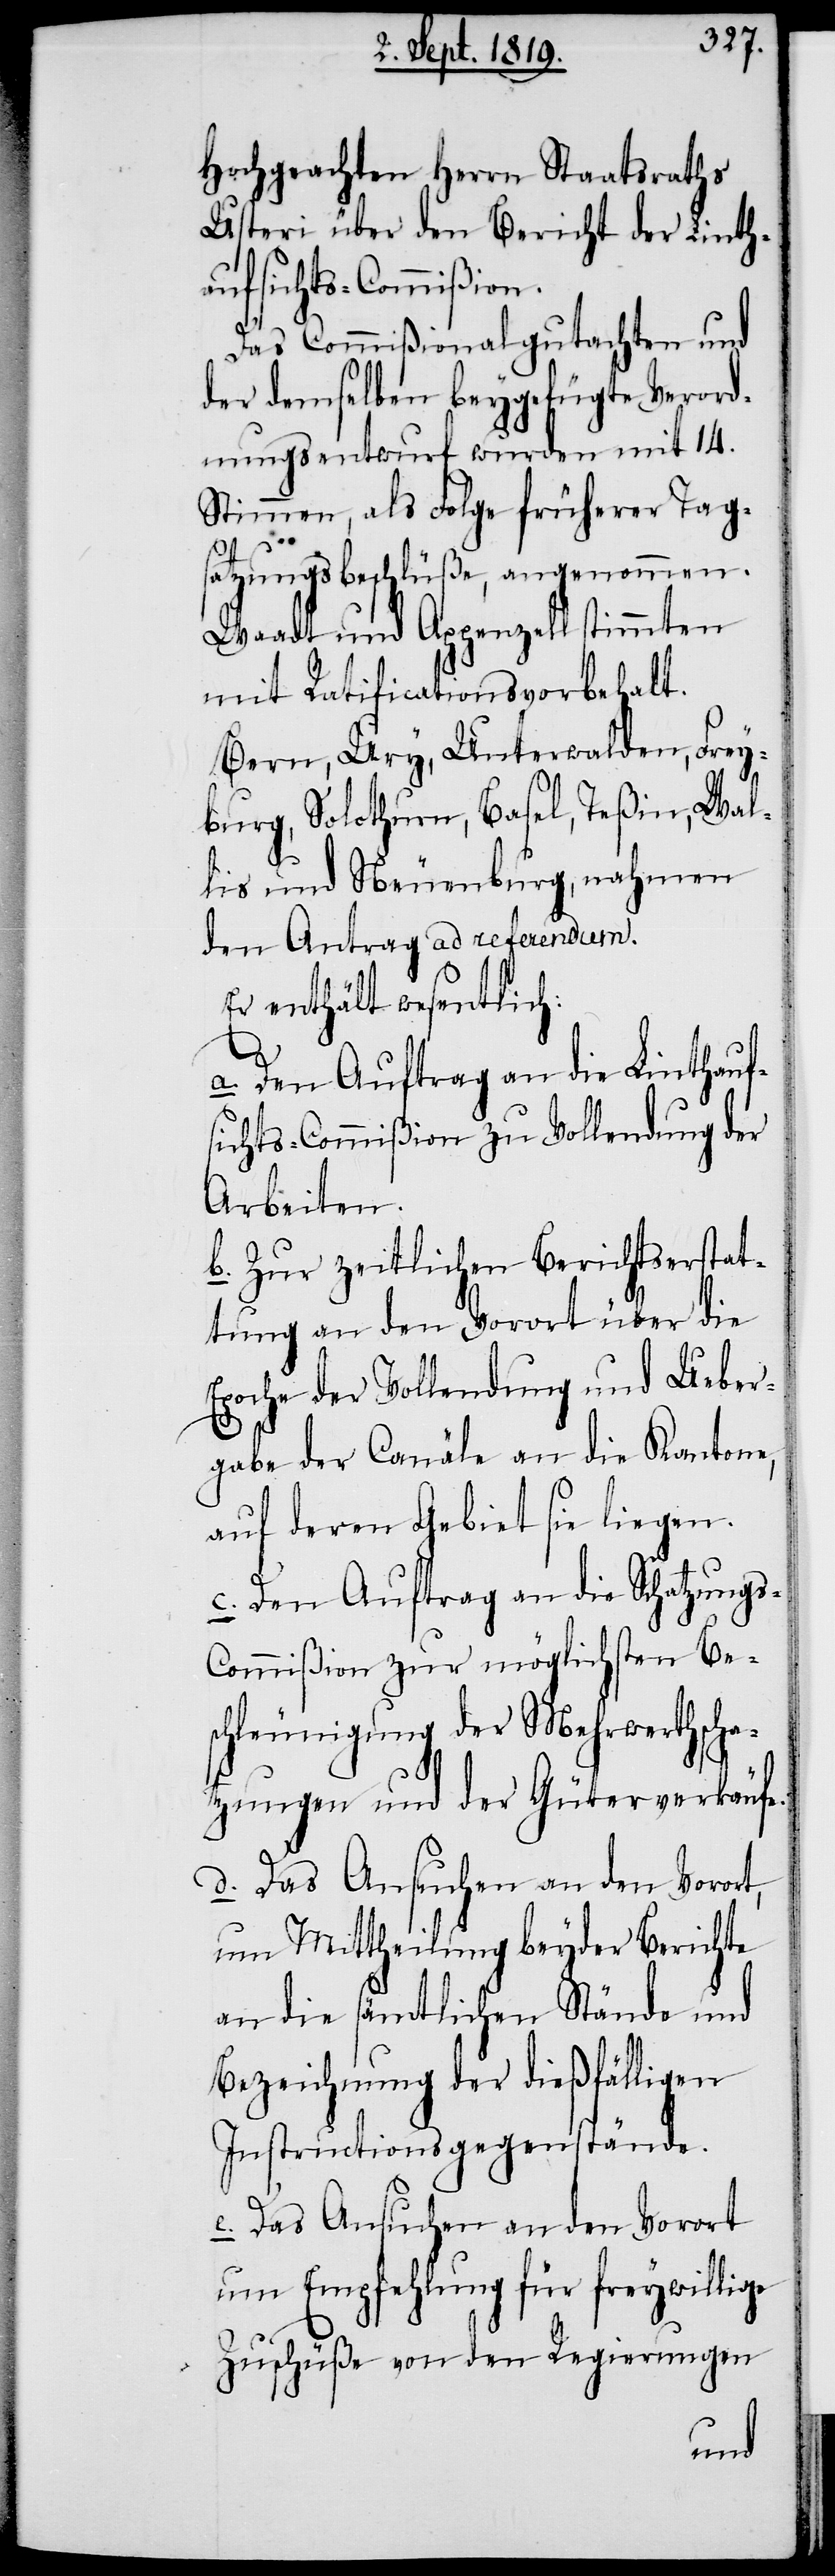
Hochgeachten Herrn Staatsraths
Usteri über den Bericht der Linth¬
aufsichts-Commißion.
Das Commißionalgutachten und
der demselben beygefügte Verord¬
nungsentwurf wurden mit 14.
Stimmen, als Folge früherer Tag¬
satzungsbeschlüße, angenommen.
Waadt und Appenzell stimmten
mit Ratificationsvorbehalt.
Bern, Ury, Unterwalden, Frey¬
burg, Solothurn, Basel, Teßin, Wal¬
lis und Neuenburg, nahmen
den Antrag ad referendum.
Er enthält wesentlich:
a. Den Auftrag an die Linthauf¬
sichts-Commißion zu Vollendung der
Arbeiten.
b. Zur zeitlichen Berichtserstat¬
tung an den Vorort über die E¬
poche der Vollendung und Ueber¬
gabe der Canäle an die Kantone,
auf deren Gebiet sie liegen.
c. Den Auftrag an die Schatzung¬
ommißion zur möglichsten Be¬
schleunigung der Mehrwerthscha¬
tzungen und der Güterverkäufe.
d. Das Ansuchen an den Vorort,
um Mittheilung beyder Berichte
an die sämtlichen Stände und
Bezeichnung der dießfälligen
Instructionsgegenstände.
e. Das Ansuchen an den Vorort
um Empfehlung für freywillige
Zuschüße von den Regierungen
s-C¬